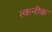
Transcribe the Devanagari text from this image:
त्कनीक